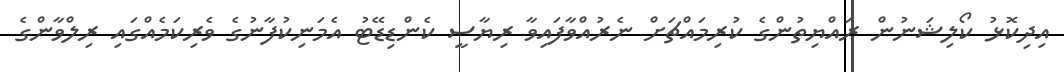
އިދިކޮޅު ކޯލިޝަނުން ރައްޔިތުންގެ ކުރިމައްޗަށް ނެރުއްވާފައިވާ ރިޔާސީ ކެންޑިޑޭޓު އެމަނިކުފާނުގެ ވެރިކަމެއްގައި ރިލްވާންގެ